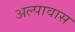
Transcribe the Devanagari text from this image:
अल्पावास